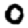
Digit: 0